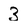
Character: 3